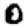
Digit: 0